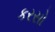
કરસો